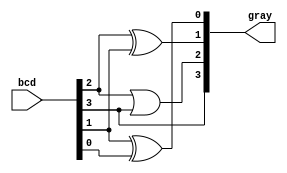
module bcd_to_gray_gl(gray, bcd);
output [3:0] gray;
input [3:0] bcd;

wire not_b2, not_b1, not_b0;

not(not_b2,bcd[2]);
not(not_b1,bcd[1]);
not(not_b0,bcd[0]);

buf b1(gray[3],bcd[3]);
or o1(gray[2],bcd[2],bcd[3]);
xor x1(gray[1],bcd[2],bcd[1]);
xor x2(gray[0],bcd[1],bcd[0]);

endmodule